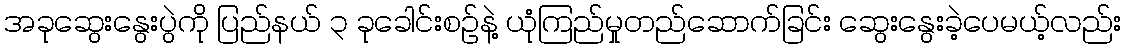
အခုဆွေးနွေးပွဲကို ပြည်နယ် ၃ ခုခေါင်းစဉ်နဲ့ ယုံကြည်မှုတည်ဆောက်ခြင်း ဆွေးနွေးခဲ့ပေမယ့်လည်း